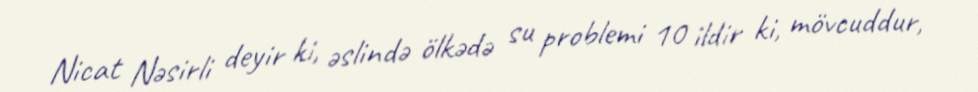
Nicat Nəsirli deyir ki, əslində ölkədə su problemi 10 ildir ki, mövcuddur,